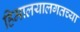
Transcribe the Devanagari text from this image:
हिमालयालगतच्या